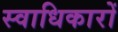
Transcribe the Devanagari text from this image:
स्वाधिकारों